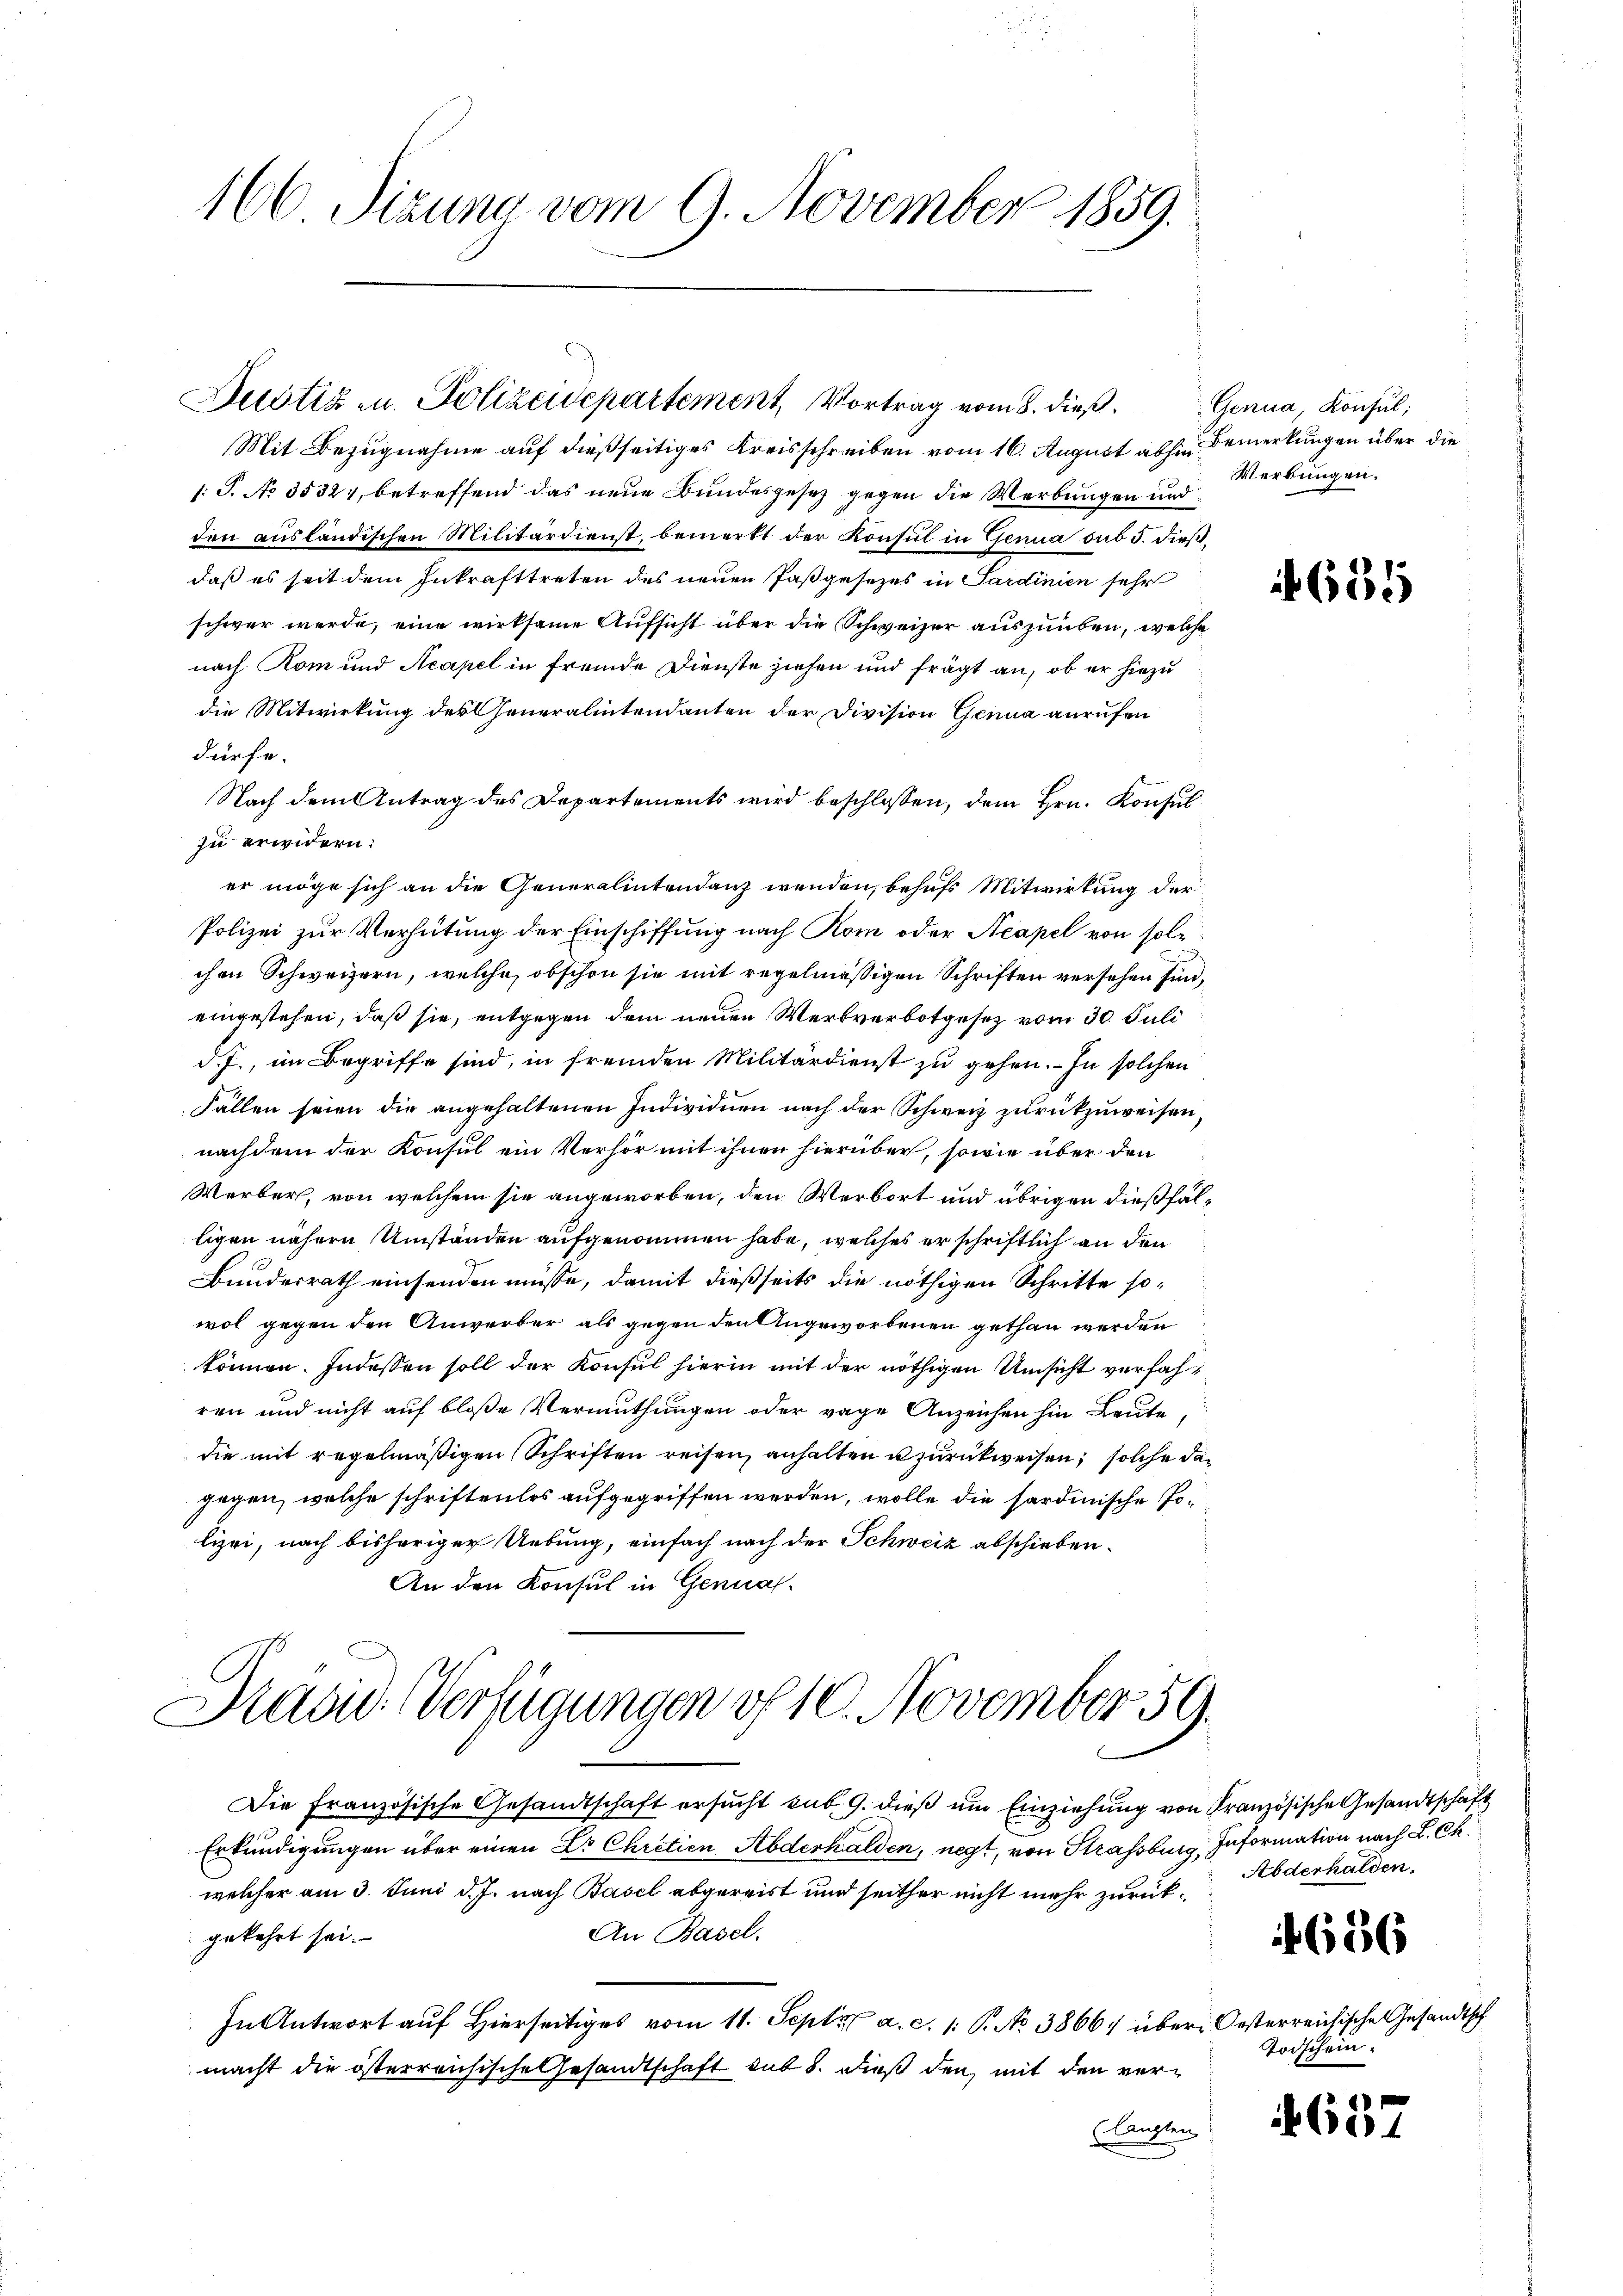
166. Sizung vom 9. November 1859.

Justiz u. Polizeidepartement, Vortrag vom 8. dieß.

Mit Bezugnahme auf dießseitiges Kreisschreiben vom 16. August als Bemerkungen über die
1: P. No 35327, betreffend das neue Bundesgesez gegen die Werbungen und
den ausländischen Militärdienst, bemerkt der Konsul in Genua sub 5. dießdaß es seit dem Inkrafttreten des neuen Pasgesezes in Sardinien sehr
schwer werde, eine wirksame Aufsicht über die Schweizer auszuüben, welche
nach Rom und Acapel in fremde Dienste ziehen und frägt an, ob er hiezu
die Mitwirkung der Generalintendanten der Division Genua anrufen
dürfe.
Nach dem Antrag des Departements wird beschlossen, dem Hrn. Konsul
zu erwidern:
er möge sich an die Generalintendanz wenden, behufs Mitwirkung der
Polizei zur Verhütung der Einschiffung nach Rom oder Neapel von solchen Schweizern, welche, obschon sie mit regelmäßigen Schriften versehen sind,
eingestehen, daß sie, entgegen dem neuen Werkverbotgesetz vom 30. Juli
d. J., im Begriffe sind, in fremden Militärdienst zu gehen. In solchen
Fällen seien die angehaltenen Individuen nach der Schweiz zurückzuweisen,
nachdem der Konsul ein Verhör mit ihnen hierüber, sowie über den
Werber, von welchem sie angeworben, den Verbort und übrigen dießfälligen nähern Umständen aufgenommen habe, welches er schriftlich an den
Bundesrath einsenden müsse, damit dießseits die nöthigen Schritte sowol gegen den Anwerber als gegen den Angeworbenen gethan werden
können. Indessen soll der Konsul hierin mit der nöthigen Umsicht verfahren und nicht auf bloße Vermuthungen oder vage Anzeichen hin Leute
die mit regelmäßigen Schriften reisen, anhalten u zurückweisen, solche dagegen, welche schriftenlos aufgegriffen werden, wolle die sardinische Polizei, nach bisheriger Uebung, einfach nach der Schweiz abschieben.
An den Konsul in Gennah¬
Stand. Verfügungen vf 10. November 59.
Die Französische Gesandtschaft ersŭcht sub. 9. dieβ ŭm Einziehung von Französische Gesandtschaft
Erkundigungen über einen Dr Chretien Abderhalden, negt, von Strassburg, Information nach L. Ch.
welcher am 3. Juni d. J. nach Basel abgereist und seither nicht mehr zurück¬
An Basel.
gekehrt sei.
In Antwort auf Hierseitiges vom 11. Sept. a. c. 1. P. No 3866/ über Oesterreichische Gesandtsch
macht die österreichische Gesandtschaft sub 8. dieß den mit den ver¬
(langten

Genua, Konsul;
Merbungen.

655

Abderhalden.

4656

Todschein.

42. 4
e